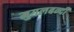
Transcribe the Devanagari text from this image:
मुगलबन्दी